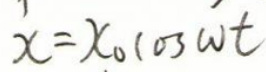
\[x = x_0\cos\omega t\]